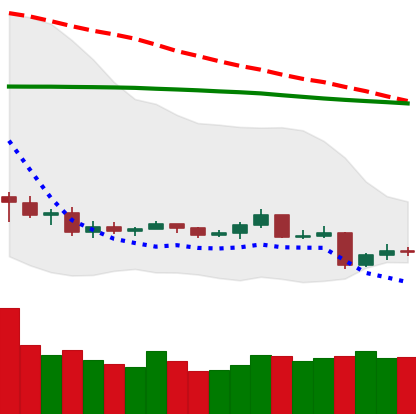
Ticker: TRX-USD
Chart end date: 2019-08-12
Forward return: -18.068%
Label: down_7plus